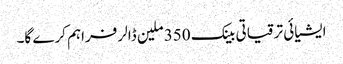
ایشیائی ترقیاتی بینک 350 ملین ڈالر فراہم کرے گا۔